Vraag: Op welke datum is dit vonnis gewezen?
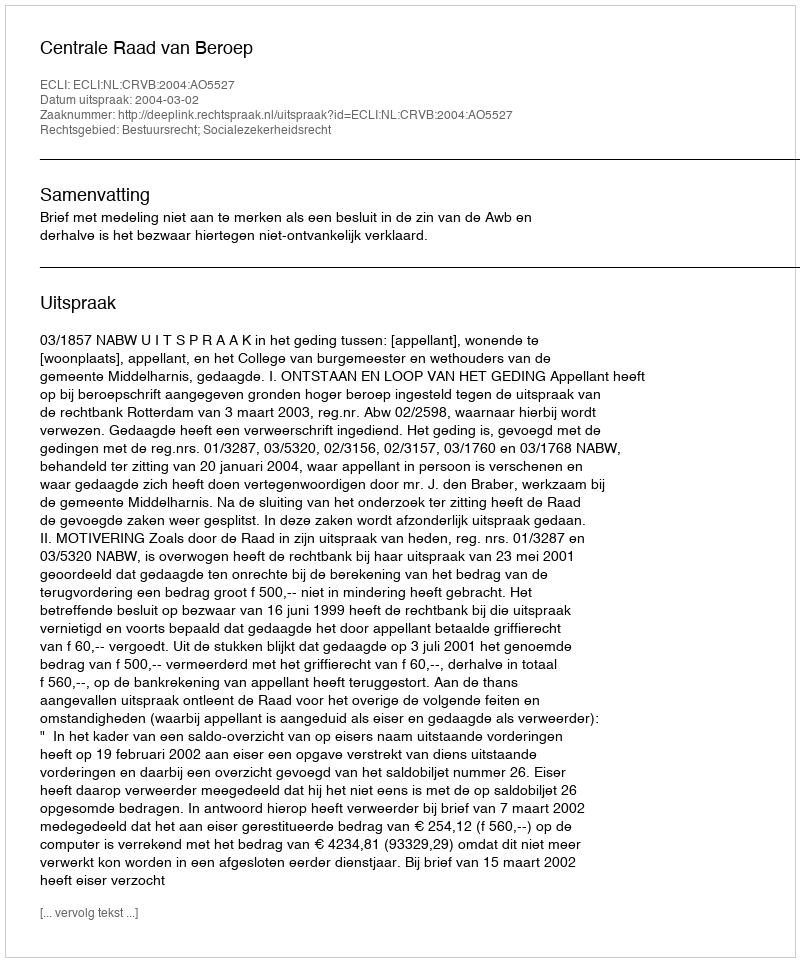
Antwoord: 2004-03-02